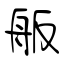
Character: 舨